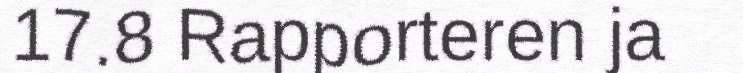
17.8 Rapporteren ja